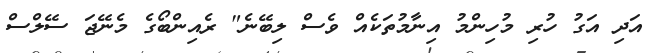
އަދި އަގު ހުރި މުހިންމު އިނާމުތަކެއް ވެސް ލިބޭނެ" ރެއިންބޯގެ މެނޭޖަ ސޭލްސް